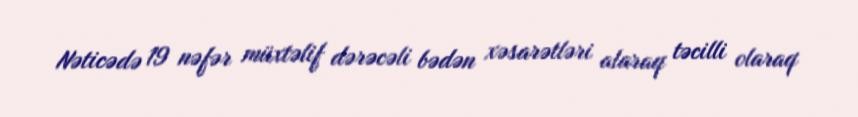
Nəticədə 19 nəfər müxtəlif dərəcəli bədən xəsarətləri alaraq təcilli olaraq